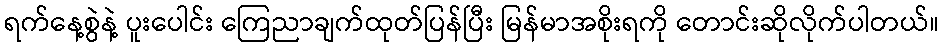
ရက်နေ့စွဲနဲ့ ပူးပေါင်း ကြေညာချက်ထုတ်ပြန်ပြီး မြန်မာအစိုးရကို တောင်းဆိုလိုက်ပါတယ်။